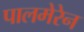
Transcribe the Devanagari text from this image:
पालमेरेन